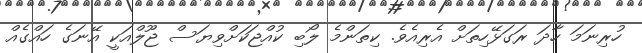
ހުރިނަމަ ހާދަ ރަގަޅޭހިތަށް އެރިއެވެ. ކިތަންމެ ލޯބި ކުއްޖަކަށްވިޔަސް ޖޫލްއަކީ އޭނަގެ ހައްގެއް